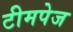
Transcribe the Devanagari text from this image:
टीमपेज